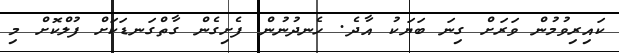
ކައިރިވުމުން ވަރަށް ގިނަ ބަޔަކު އާދެ. ހެނދުނުން ފެށިގެން ގާތްގަނޑަކަށް ފުލްކޮށް މި